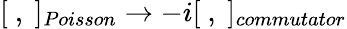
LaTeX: [\ ,\ ]_{Poisson}\to-i[\ ,\ ]_{commutator}